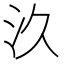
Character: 汣